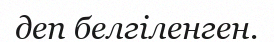
деп белгіленген.